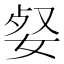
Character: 㛑